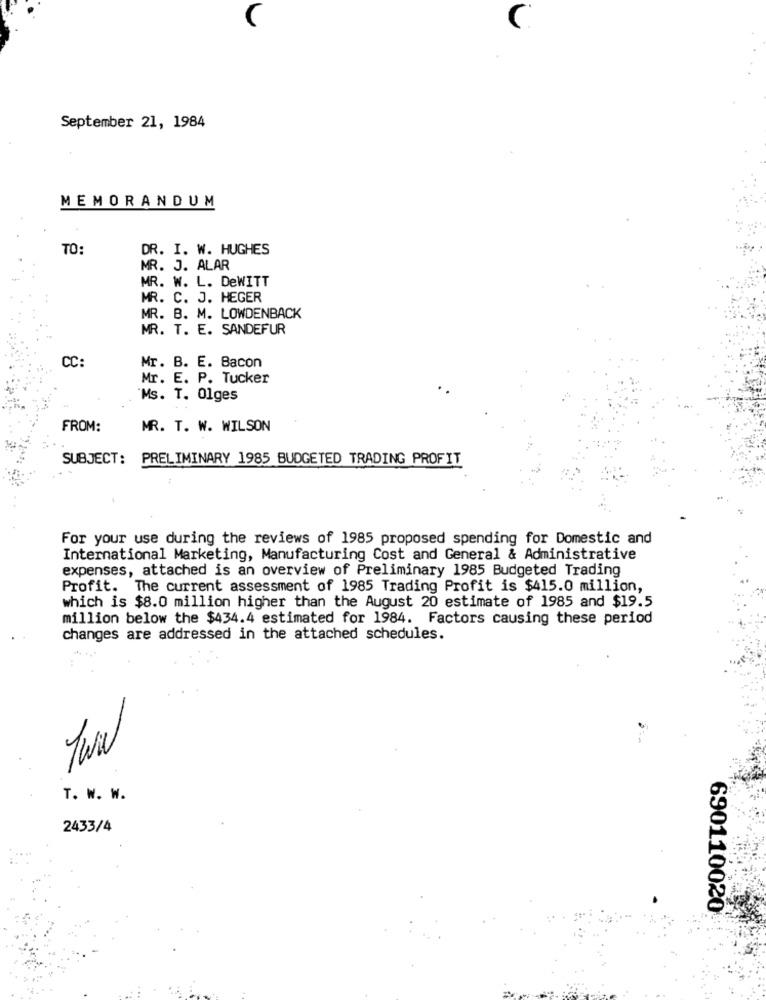
C
September 21, 1984
MEMORANDUM
TO:
DR. I. W. HUGHES
MR. J. ALAR
MR. W. L. DeWITT
MR. C. J. HEGER
MR. B. M. LOWDENBACK
MR. T. E. SANDEFUR
CC:
Mr. B. E. Bacon
Mr. E. P. Tucker
"Ms. T. 01ges
FROM:
MR. T. W. WILSON
SUBJECT: PRELIMINARY 1985 BUDGETED TRADING PROFIT
For your use during the reviews of 1985 proposed spending for Domestic and
International Marketing, Manufacturing Cost and General & Administrative
expenses, attached is an overview of Preliminary 1985 Budgeted Trading
Profit. The current assessment of 1985 Trading Profit is $415.0 million,
which is $8.0 million higher than the August 20 estimate of 1985 and $19.5
million below the $434.4 estimated for 1984. Factors causing these period
changes are addressed in the attached schedules.
T. W. W.
2433/4
690110020